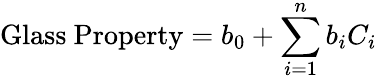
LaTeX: {\mathrm{Glass~Property}}=b_{0}+\sum_{i=1}^{n}b_{i}C_{i}